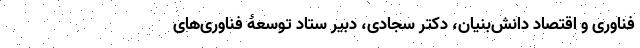
فنّاوری و اقتصاد دانش‌بنیان، دکتر سجادی، دبیر ستاد توسعۀ فنّاوری‌های